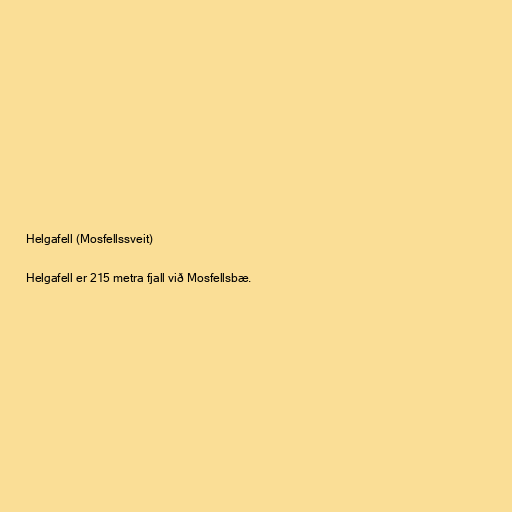
Helgafell (Mosfellssveit)

Helgafell er 215 metra fjall við Mosfellsbæ.